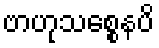
ဗာဟုသစ္စေနပိ